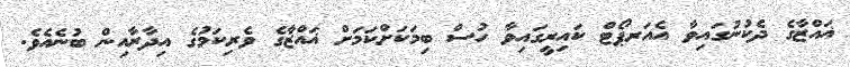
ޣައްޒާގެ ދެކުނުގައިވާ އެއަރޕޯޓް ކައިރީގައިވާ ހުސް ބިމަކަށްކަމަށް ޣައްޒާގެ ވެރިކަމުގެ އިދާރާއިން ބުނެއެވެ.